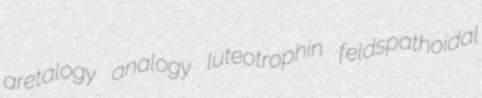
aretalogy analogy luteotrophin feldspathoidal